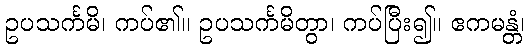
ဥပသင်္ကမိ၊ ကပ်၏။ ဥပသင်္ကမိတွာ၊ ကပ်ပြီး၍။ ဧကမန္တံ၊